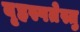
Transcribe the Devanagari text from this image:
बृहस्पतेस्तु